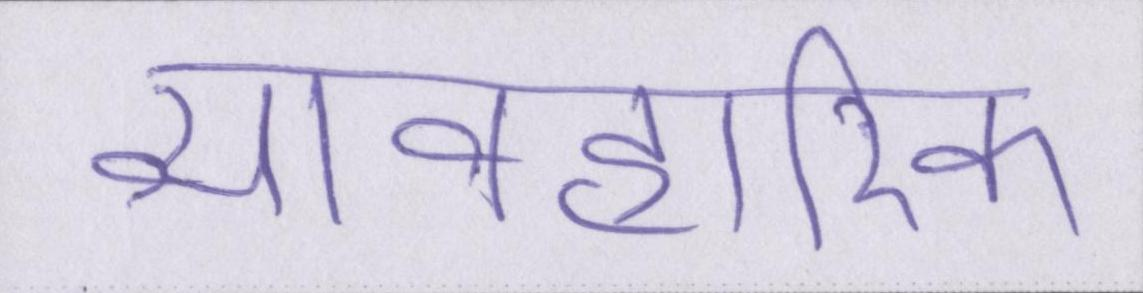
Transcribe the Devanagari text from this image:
व्यावहारिक